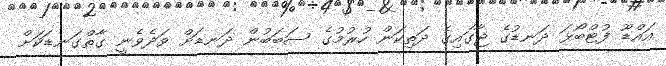
އައްޑޫ ފުޓްބޯޅަ ދަނޑުގެ ޖާގައިގެ ދަތިކަން ހުރުމުގެ ސަބަބުން ދަނޑަށް ވަދެވެނީ ގާތްގަނޑަކަށް